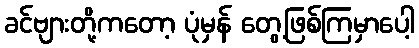
ခင်ဗျားတို့ကတော့ ပုံမှန် တွေ့ဖြစ်ကြမှာပေါ့